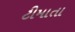
ટીમાતા